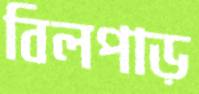
বিলপাড়